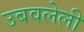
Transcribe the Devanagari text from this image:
उबवलेली